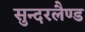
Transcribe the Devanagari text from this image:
सुन्दरलैण्ड